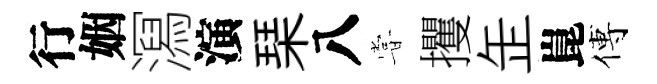
行姻㵼演琹八甞攫𦈢崑傅